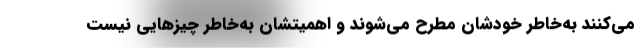
می‌کنند به‌خاطر خودشان مطرح می‌شوند و اهمیتشان به‌خاطر چیزهایی نیست